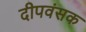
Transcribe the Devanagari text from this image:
दीपवंसक